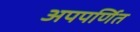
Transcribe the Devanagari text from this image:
अपपर्णित